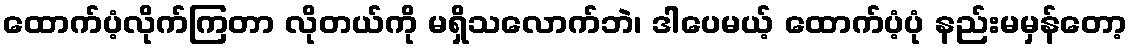
ထောက်ပံ့လိုက်ကြတာ လိုတယ်ကို မရှိသလောက်ဘဲ၊ ဒါပေမယ့် ထောက်ပံ့ပုံ နည်းမမှန်တော့